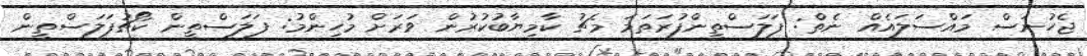
ޖެހުނަސް މައްސަލައެއް ނެތް: ފަލަސްތީންފުރަތަމަ މެޗު ކާމިޔާބުކުރުން ވަރަށް މުހިންމު: ފަލަސްތީން ކޯޗުފަލަސްތީން